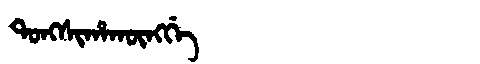
Manchu: ᡨᠣᠩᠰᡳᡥᠠᡴᡡᠩᡤᡝ
Romanization: TONGSIHAKŪNGGE